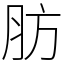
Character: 肪